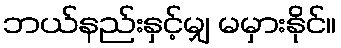
ဘယ်နည်းနှင့်မျှ မမှားနိုင်။